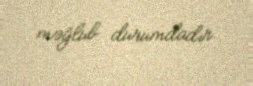
məğlub durumdadır.